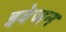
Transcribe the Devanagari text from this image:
इवेजन